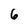
Character: 6